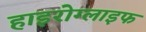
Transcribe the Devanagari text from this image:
हाइरोग्लाइफ